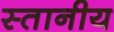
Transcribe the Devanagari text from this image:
स्तानीय